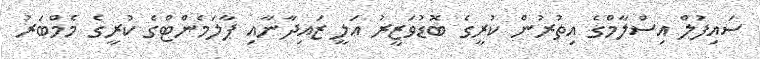
ސައިފުލް އިސްލާމްގެ އިތުރުން ކުރީގެ ބޮޑުވަޒީރު އަލީ ޒައިދާނާއި ޕާލަމެންޓްގެ ކުރީގެ މެމްބަރު